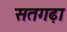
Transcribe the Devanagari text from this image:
सतगढ़ा